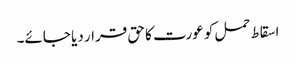
اسقاط حمل کو عورت کا حق قرار دیا جائے۔